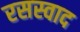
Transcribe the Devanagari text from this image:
रसस्वाद